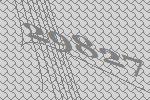
29827